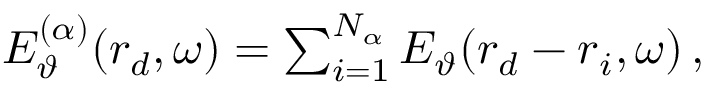
\begin{array} { r } { E _ { \vartheta } ^ { ( \alpha ) } ( \boldsymbol { r } _ { d } , \omega ) = \sum _ { i = 1 } ^ { N _ { \alpha } } E _ { \vartheta } ( \boldsymbol { r } _ { d } - \boldsymbol { r } _ { i } , \omega ) \, , } \end{array}